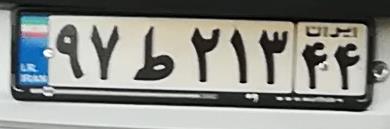
۹۷ط۲۱۳۴۴